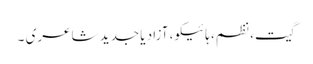
گیت، نظم، ہائیکو، آزاد یا جدید شاعری ۔